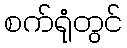
စက်ရုံတွင်